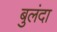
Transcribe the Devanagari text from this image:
बुलंदा